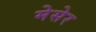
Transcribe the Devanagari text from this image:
मेसेर